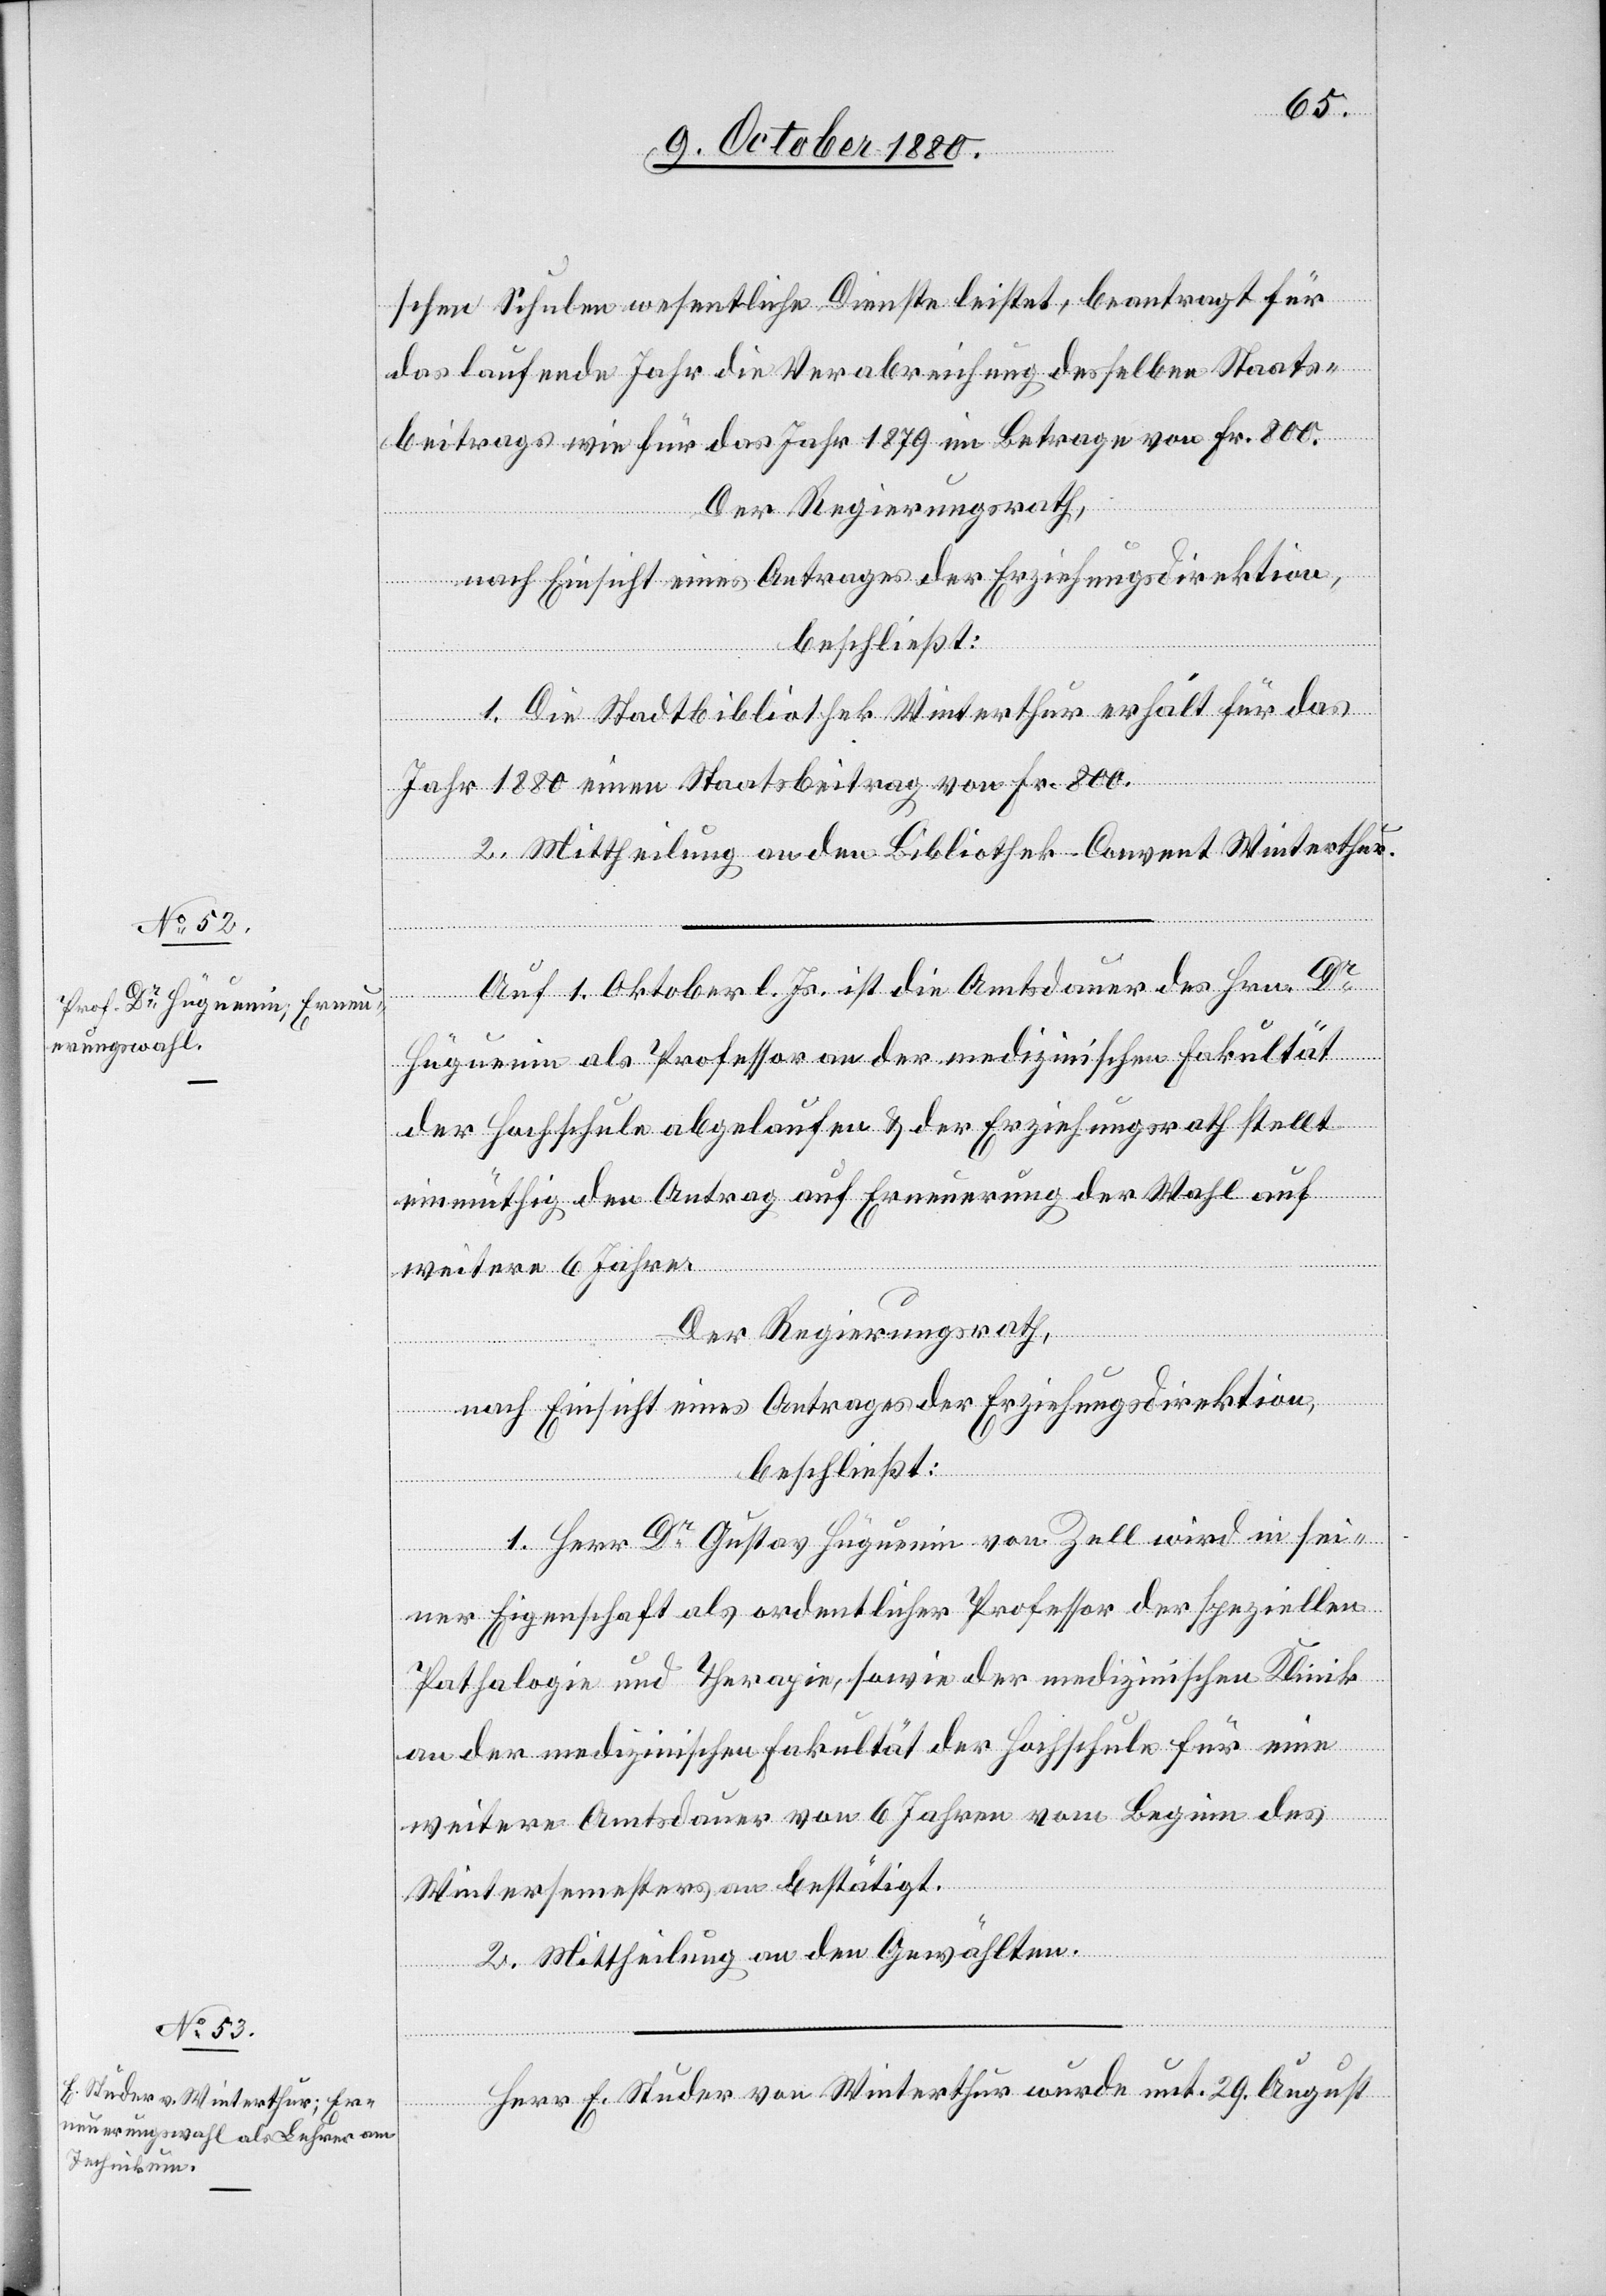
schen Schulen wesentliche Dienste leistet, beantragt für
das laufende Jahr die Verabreichung desselben Staats¬
beitrags wie für das Jahr 1879 im Betrage von Fr. 800.
Der Regierungsrath,
nach Einsicht eines Antrages der Erziehungsdirektion,
beschließt:
1. Die Stadtbibliothek Winterthur erhält für das
Jahr 1880 einen Staatsbeitrag von Fr. 800.
2. Mittheilung an den Bibliothek-Convent Winterthur.
wurde
29.
Auf 1. Oktober l. Js. ist die Amtsdauer des Hrn. Dr
Huguenin als Professor an der medizinischen Fakultät
der Hochschule abgelaufen & der Erziehungsrath stellt
einmüthig den Antrag auf Erneuerung der Wahl auf
weitere 6 Jahre.
Der Regierungsrath,
August
nach Einsicht eines Antrages der Erziehungsdirektion,
beschließt:
1. Herr Dr Gustav Huguenin von Zell wird in sei¬
ner Eigenschaft als ordentlicher Professor der speziellen
Pathologie und Therapie, sowie der medizinischen Klinik
an der medizinischen Fakultät der Hochschule für eine
weitere Amtsdauer von 6 Jahren von Beginn des
Wintersemesters an bestätigt.
unt.
2. Mittheilung an den Gewählten.
E.